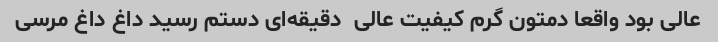
عالی بود واقعا دمتون گرم کیفیت عالی  دقیقه‌ای دستم رسید داغ داغ مرسی